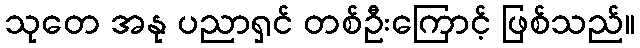
သုတေ အနု ပညာရှင် တစ်ဦးကြောင့် ဖြစ်သည်။